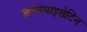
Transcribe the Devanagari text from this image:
क्लोरोमाइसेटिन